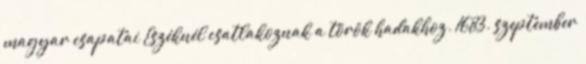
magyar csapatai Eszéknél csatlakoznak a török hadakhoz. 1683. szeptember